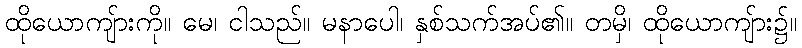
ထိုယောကျ်ားကို။ မေ၊ ငါသည်။ မနာပေါ၊ နှစ်သက်အပ်၏။ တမှိ၊ ထိုယောကျ်ား၌။